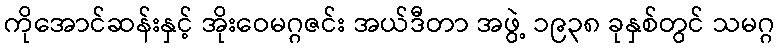
ကိုအောင်ဆန်းနှင့် အိုးဝေမဂ္ဂဇင်း အယ်ဒီတာ အဖွဲ့ ၁၉၃၈ ခုနှစ်တွင် သမဂ္ဂ